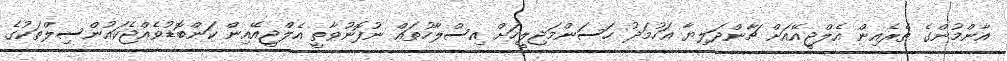
އާންމުންގެ ތެރެއިން އެލްޖީއޭއަށް ޗާންދަލިޔާ އަހުމަދު ހަސަންމަޖިލީހަށް އިސްލާހުތައް ނުފޮނުވާތީ އެލްޖީއޭއިން ކަންބޮޑުވެއްޖެކައުންސިލްތަކުގެ